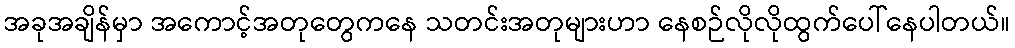
အခုအချိန်မှာ အကောင့်အတုတွေကနေ သတင်းအတုများဟာ နေစဉ်လိုလိုထွက်ပေါ်နေပါတယ်။